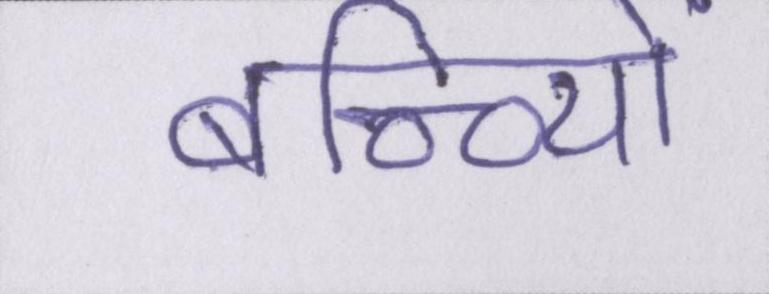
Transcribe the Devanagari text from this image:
बच्च्यिों